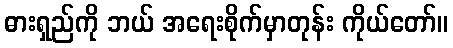
ဓားရှည်ကို ဘယ် အရေးစိုက်မှာတုန်း ကိုယ်တော်။